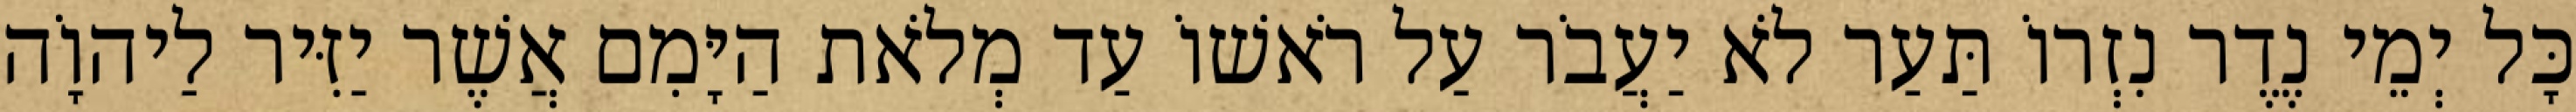
כָּל יְמֵי נֶדֶר נִזְרוֹ תַּעַר לֹא יַעֲבֹר עַל רֹאשׁוֹ עַד מְלֹאת הַיָּמִם אֲשֶׁר יַזִּיר לַיהוָֹה